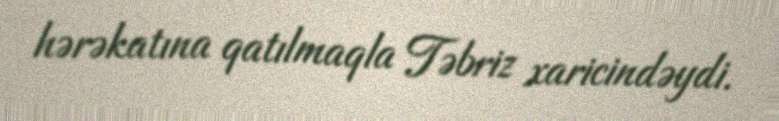
hərəkatına qatılmaqla Təbriz xaricindəydi.